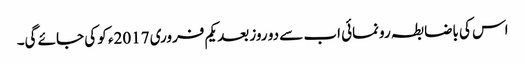
اس کی باضابطہ رونمائی اب سے دو روز بعد یکم فروری 2017ء کو کی جائے گی۔